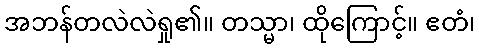
အဘန်တလဲလဲရှု၏။ တသ္မာ၊ ထိုကြောင့်။ ဧတံ၊